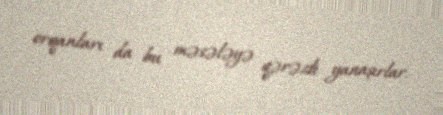
orqanları da bu məsələyə qərəzli yanaşırlar.